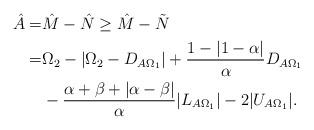
LaTeX: \begin{align*}\hat{A}=&\hat{M}-\hat{N}\geq \hat{M}-\tilde{N}\\=& \Omega_2-\vert\Omega_2-D_{A\Omega_1}\vert+\frac{1-\vert 1-\alpha\vert}{\alpha}D_{A\Omega_1}\\&-\frac{\alpha+\beta+\vert \alpha-\beta \vert}{\alpha}\vert L_{A\Omega_1}\vert-2\vert U_{A\Omega_1}\vert.\end{align*}